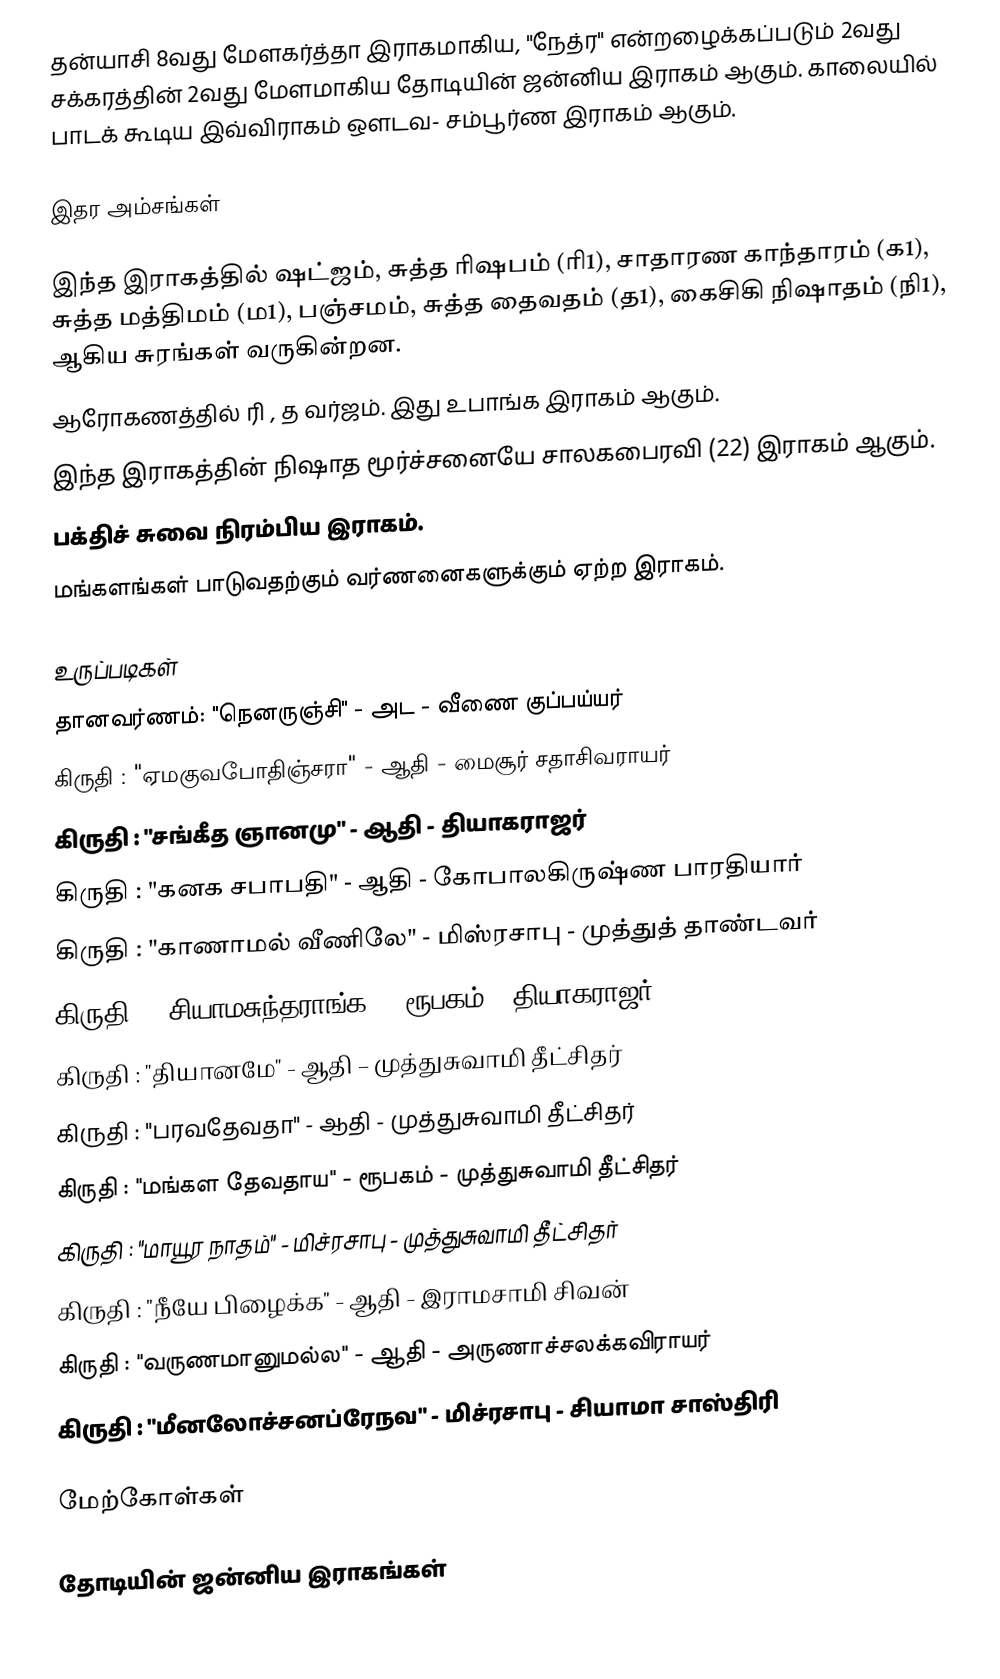
தன்யாசி 8வது மேளகர்த்தா இராகமாகிய, "நேத்ர" என்றழைக்கப்படும் 2வது சக்கரத்தின் 2வது மேளமாகிய தோடியின் ஜன்னிய இராகம் ஆகும். காலையில் பாடக் கூடிய இவ்விராகம் ஔடவ- சம்பூர்ண இராகம் ஆகும்.

இதர அம்சங்கள்

 இந்த இராகத்தில் ஷட்ஜம், சுத்த ரிஷபம் (ரி1), சாதாரண காந்தாரம் (க1), சுத்த மத்திமம் (ம1),  பஞ்சமம்,  சுத்த தைவதம் (த1), கைசிகி நிஷாதம் (நி1),  ஆகிய சுரங்கள் வருகின்றன.
 ஆரோகணத்தில் ரி , த வர்ஜம். இது உபாங்க இராகம் ஆகும்.
 இந்த இராகத்தின் நிஷாத மூர்ச்சனையே சாலகபைரவி (22) இராகம் ஆகும்.
 பக்திச் சுவை நிரம்பிய இராகம்.
 மங்களங்கள் பாடுவதற்கும் வர்ணனைகளுக்கும் ஏற்ற இராகம்.

உருப்படிகள்
 தானவர்ணம்: "நெனருஞ்சி"		- அட		- வீணை குப்பய்யர்
 கிருதி	 : "ஏமகுவபோதிஞ்சரா"	- ஆதி		- மைசூர் சதாசிவராயர்
 கிருதி	 : "சங்கீத ஞானமு"		- ஆதி		- தியாகராஜர்
 கிருதி	 : "கனக சபாபதி"		- ஆதி		- கோபாலகிருஷ்ண பாரதியார்
 கிருதி	 : "காணாமல் வீணிலே"	 - மிஸ்ரசாபு	- முத்துத் தாண்டவர்
 கிருதி : "சியாமசுந்தராங்க" - ரூபகம் - தியாகராஜர்
 கிருதி : "தியானமே" - ஆதி – முத்துசுவாமி தீட்சிதர்
 கிருதி : "பரவதேவதா" - ஆதி - முத்துசுவாமி தீட்சிதர்
 கிருதி : "மங்கள தேவதாய" - ரூபகம் - முத்துசுவாமி தீட்சிதர்
 கிருதி : "மாயூர நாதம்" - மிச்ரசாபு - முத்துசுவாமி தீட்சிதர்
 கிருதி : "நீயே பிழைக்க" - ஆதி - இராமசாமி சிவன்
 கிருதி : "வருணமானுமல்ல" - ஆதி - அருணாச்சலக்கவிராயர்
 கிருதி : "மீனலோச்சனப்ரேநவ" - மிச்ரசாபு - சியாமா சாஸ்திரி

மேற்கோள்கள்

தோடியின் ஜன்னிய இராகங்கள்